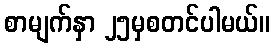
စာမျက်နှာ ၂၅မှစတင်ပါမယ်။